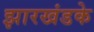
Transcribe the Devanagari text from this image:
झारखंडके